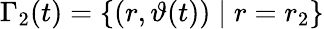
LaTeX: \Gamma_{2}(t)=\{ (r,\vartheta(t))\; \vert\; r=r_{2}\}